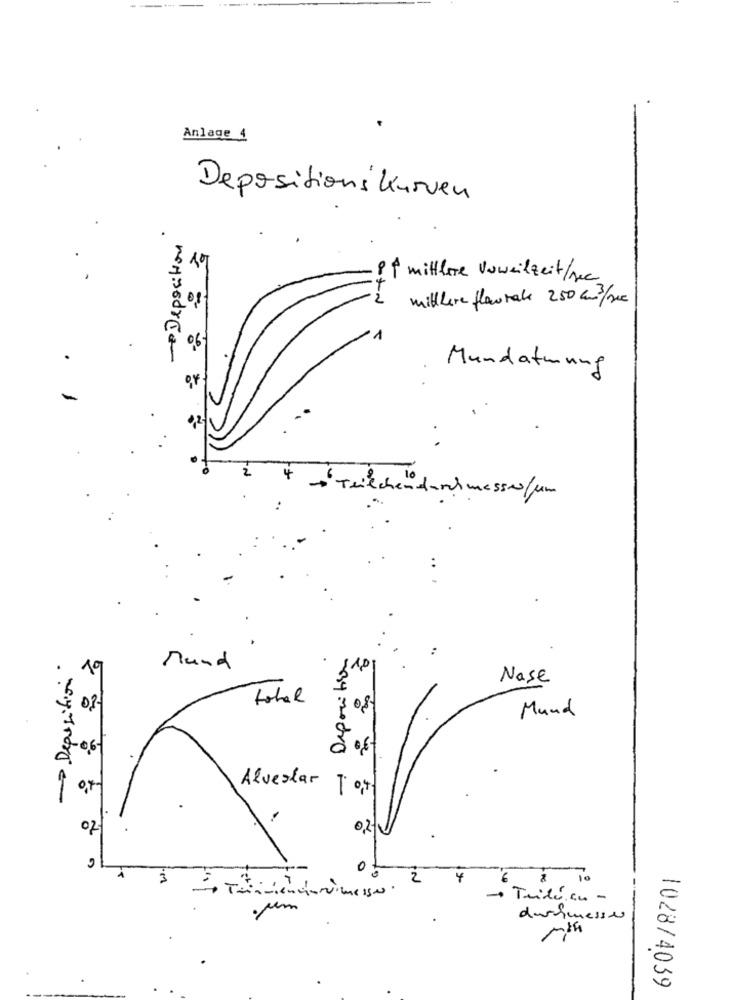
Anlage 4
Depositions Kurven
10
mittlere Vuweilzeit/sec
2
mittlere flourale 250 m3/sc
06
Mundatmung
.
2
4
“ Teilchendurchmesserfun
Deposition
-> Deposition
19
Mund
$10
Nase
total
08
Mund
-0,6-
Alveslar 7 0,4
of
0,2
0
3
2
4
10
Tridu cu -
um
durchmesser
1028/4039